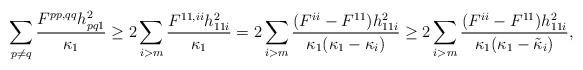
LaTeX: \begin{align*}\sum_{p\neq q} \frac{F^{pp,qq}h_{pq1}^2}{\kappa_1 }&\geq 2\sum_{i>m}\frac{F^{11,ii}h_{11i}^2}{\kappa_1 }=2\sum_{i>m}\frac{(F^{ii}-F^{11})h_{11i}^2}{\kappa_1 (\kappa_1 -\kappa_i )}\geq 2\sum_{i>m}\frac{(F^{ii}-F^{11})h_{11i}^2}{\kappa_1 (\kappa_1 -\tilde{\kappa}_i )},\end{align*}